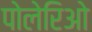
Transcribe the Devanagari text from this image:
पोलेरिओ